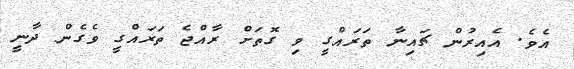
އެވެ. އެއިރުން ޗައިނާ ތަރައްގީ ވި ގޮތަށް ރާއްޖެ ތަރައްގީ ވެގެން ދާނީ